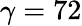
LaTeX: \gamma=72